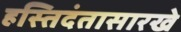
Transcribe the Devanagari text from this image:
हस्तिदंतासारखे